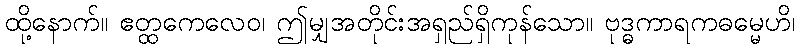
ထို့နောက်။ ဧတ္ထကေလေဝ၊ ဤမျှအတိုင်းအရှည်ရှိကုန်သော။ ဗုဒ္ဓကာရကဓမ္မေဟိ၊